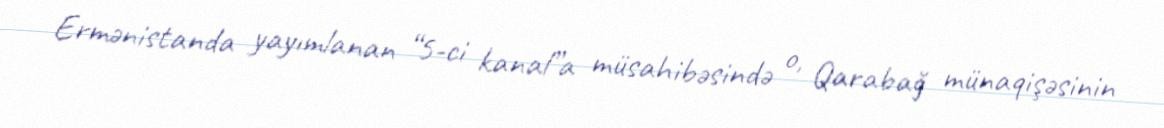
Ermənistanda yayımlanan “5-ci kanal”a müsahibəsində o, Qarabağ münaqişəsinin